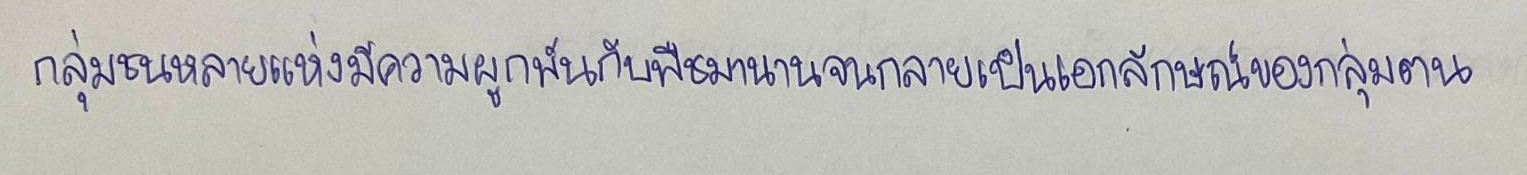
กลุ่มชนหลายแห่งมีความผูกพันกับพืชมานานจนกลายเป็นเอกลักษณ์ของกลุ่มตน